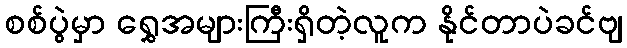
စစ်ပွဲမှာ ရွှေအများကြီးရှိတဲ့လူက နိုင်တာပဲခင်ဗျ